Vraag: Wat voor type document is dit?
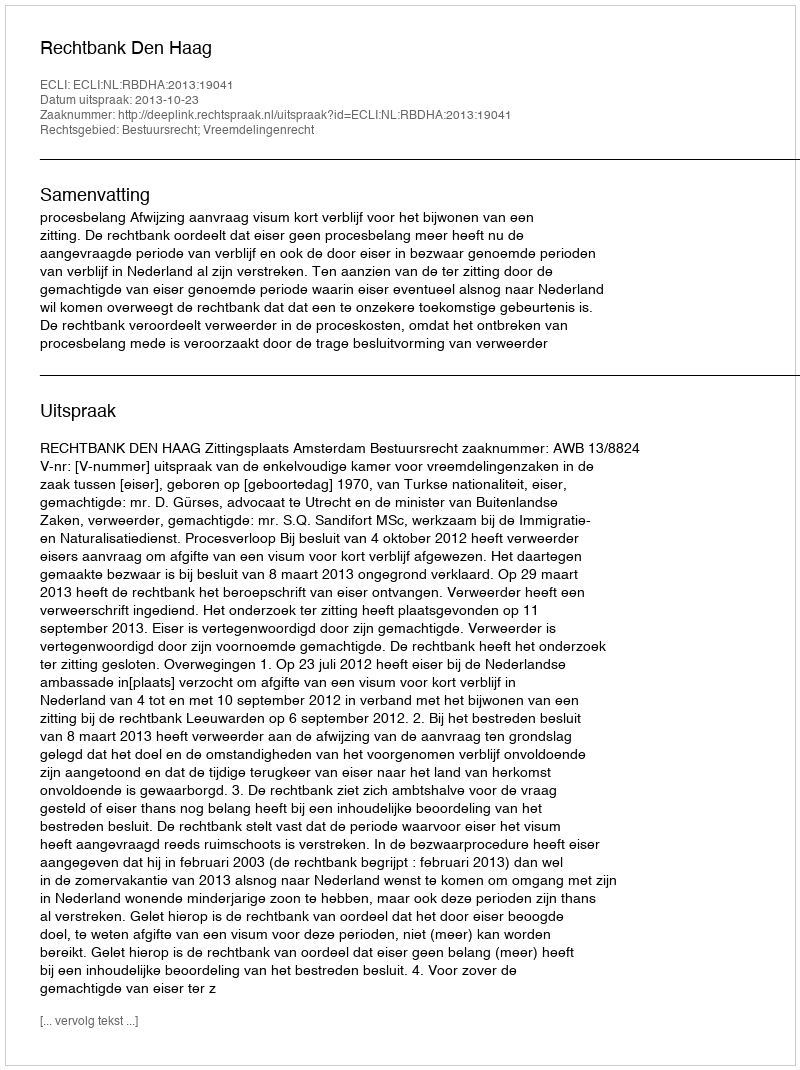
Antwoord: Uitspraak